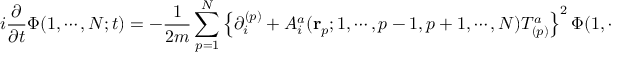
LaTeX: i \frac { \partial } { \partial t } \Phi ( 1 , \cdots , N ; t ) = - \frac { 1 } { 2 m } \sum _ { p = 1 } ^ { N } \left\{ \partial _ { i } ^ { ( p ) } + { \cal A } _ { i } ^ { a } ( { \bf r } _ { p } ; 1 , \cdots , p - 1 , p + 1 , \cdots , N ) T _ { ( p ) } ^ { a } \right\} ^ { 2 } \Phi ( 1 , \cdots , N ; t ) .